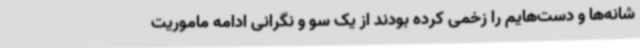
شانه‌ها و دست‌هایم را زخمی کرده بودند از یک سو و نگرانی ادامه ماموریت